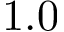
1 . 0